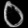
Digit: ၀